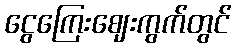
ငွေကြေးဈေးကွက်တွင်